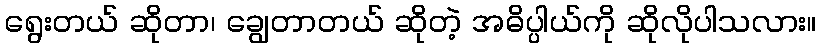
ရွေးတယ် ဆိုတာ၊ ချွေတာတယ် ဆိုတဲ့ အဓိပ္ပါယ်ကို ဆိုလိုပါသလား။